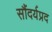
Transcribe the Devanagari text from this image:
सौंदर्यप्रद